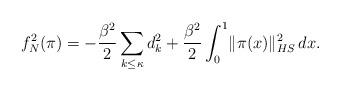
LaTeX: \begin{align*}f_N^2(\pi)=- \frac{\beta^2}{2}\sum_{k\leq \kappa} d_{k}^2 + \frac{\beta^2}{2}\int_{0}^1\! \|\pi(x)\|_{HS}^2\, dx.\end{align*}